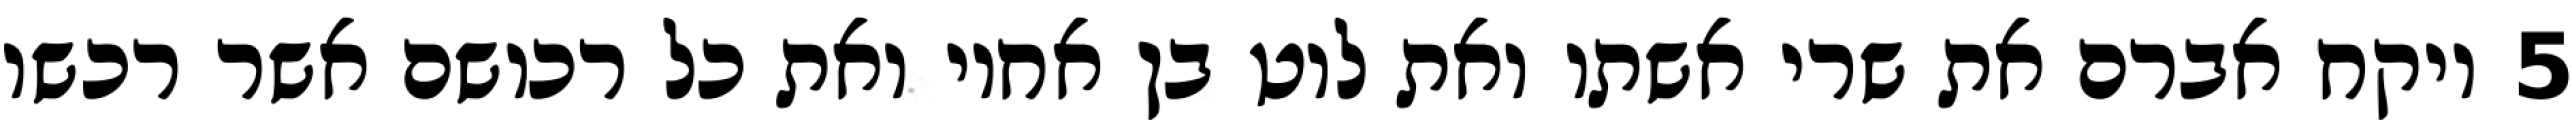
‎5‏ ויקח אברם את שרי אשתו ואת לוט בן אחיו ואת כל רכושם אשר רכשו